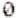
0